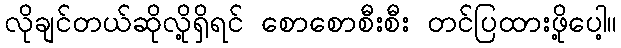
လိုချင်တယ်ဆိုလို့ရှိရင် စောစောစီးစီး တင်ပြထားဖို့ပေါ့။